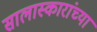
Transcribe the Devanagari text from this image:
सालास्कारांच्या